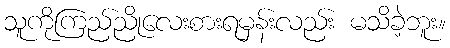
သူကိုကြည်ညိုလေးစားရမှန်းလည်း မသိခဲ့ဘူး။